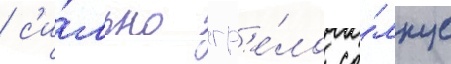
/ с'и́льно гр'е́ло со́лнце